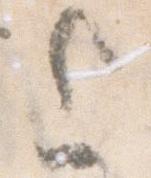
上